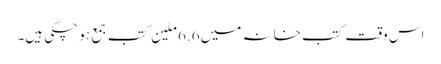
اس وقت کتب خانہ میں 6.6 ملین کتب جمع ہو چکی ہیں۔